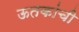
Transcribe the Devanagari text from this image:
ऊतकांची